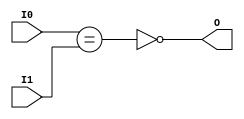
module NE8 (
    input [7:0] I0,
    input [7:0] I1,
    output O
);
assign O = ~ (I0 == I1);
endmodule